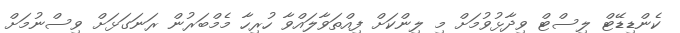
ކެންޑިޑޭޓް ލިސްޓް ވިދާޅުވުމަށް މި ލިންކަށް ފިއްތަވާލައްވާ ހުރިހާ މެމްބަރުން ރަނަގަޅަށް ވިސްނުމަށް